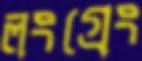
লংগ্রেং